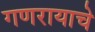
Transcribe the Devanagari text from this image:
गणरायाचे